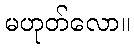
မဟုတ်လော။